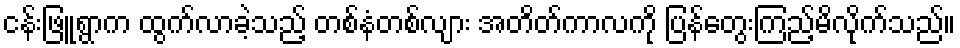
ငန်းဖြူရွာက ထွက်လာခဲ့သည့် တစ်နံတစ်လျား အတိတ်ကာလကို ပြန်တွေးကြည့်မိလိုက်သည်။